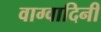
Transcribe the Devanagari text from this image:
वाग्वादिनी